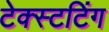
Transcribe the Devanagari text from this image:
टेक्स्टटिंग